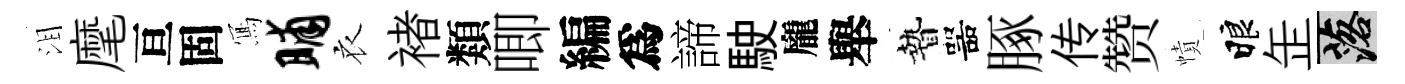
泪麾亘固𭂁晡衣褚類唧編爲諦駛龐舉贄噐䐁传赞幘睱𦈢落